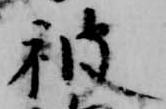
被